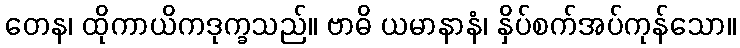
တေန၊ ထိုကာယိကဒုက္ခသည်။ ဗာဓိ ယမာနာနံ၊ နှိပ်စက်အပ်ကုန်သော။